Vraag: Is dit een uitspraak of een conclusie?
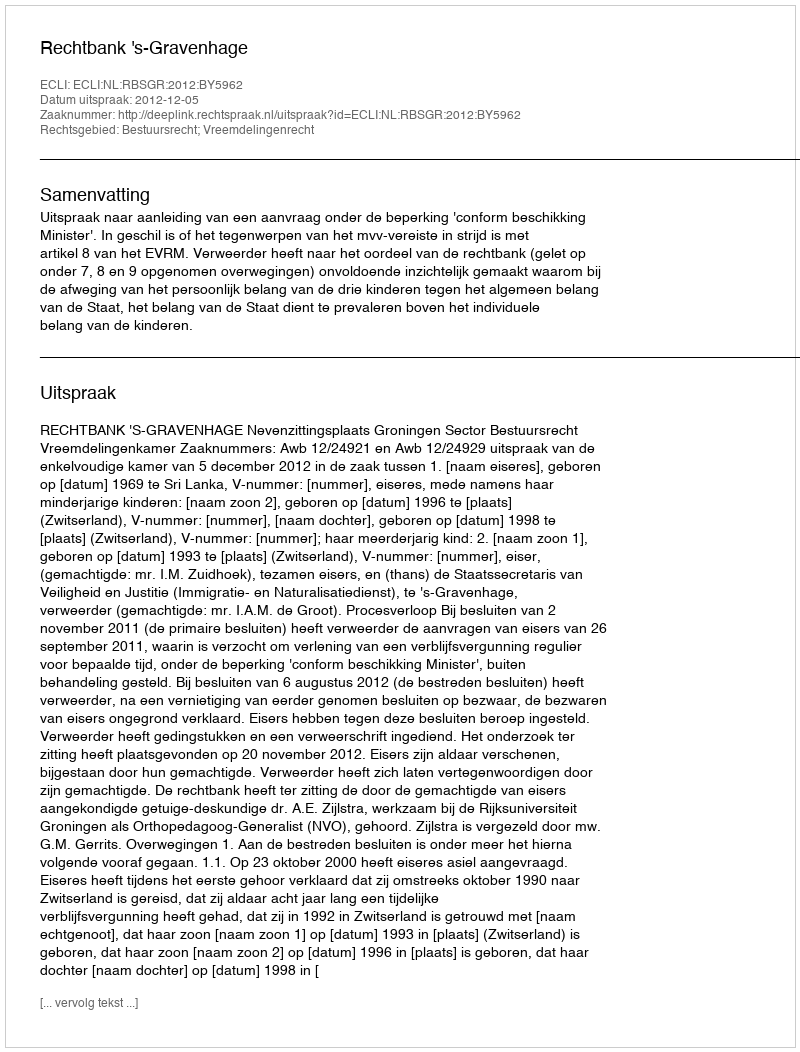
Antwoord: Uitspraak